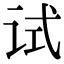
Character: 试